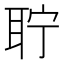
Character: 聍